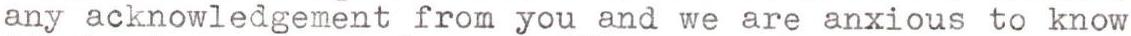
any acknowledgement from you and we are anxious to know